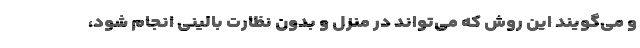
و می‌گویند این روش که می‌تواند در منزل و بدون نظارت بالینی انجام شود،